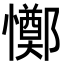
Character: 𢤜